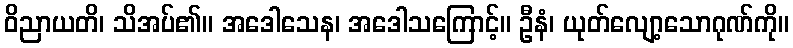
ဝိညာယတိ၊ သိအပ်၏။ အဒေါသေန၊ အဒေါသကြောင့်။ ဦနံ၊ ယုတ်လျော့သောဂုဏ်ကို။